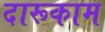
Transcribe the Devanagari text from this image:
दारूकाम